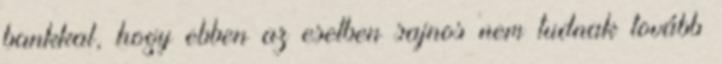
bankkal, hogy ebben az esetben sajnos nem tudnak tovább